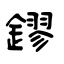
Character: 鏐